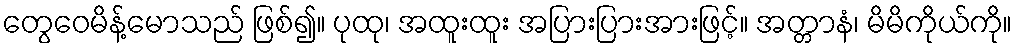
တွေဝေမိန့်မောသည် ဖြစ်၍။ ပုထု၊ အထူးထူး အပြားပြားအားဖြင့်။ အတ္တာနံ၊ မိမိကိုယ်ကို။